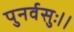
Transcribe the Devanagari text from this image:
पुनर्वसुः।।